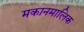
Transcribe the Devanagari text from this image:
मकानमालिक